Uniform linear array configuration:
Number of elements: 32
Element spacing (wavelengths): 0.75
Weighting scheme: kaiser
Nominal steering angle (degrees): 30
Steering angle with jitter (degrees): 28.634
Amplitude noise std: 0.05
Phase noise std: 0.05

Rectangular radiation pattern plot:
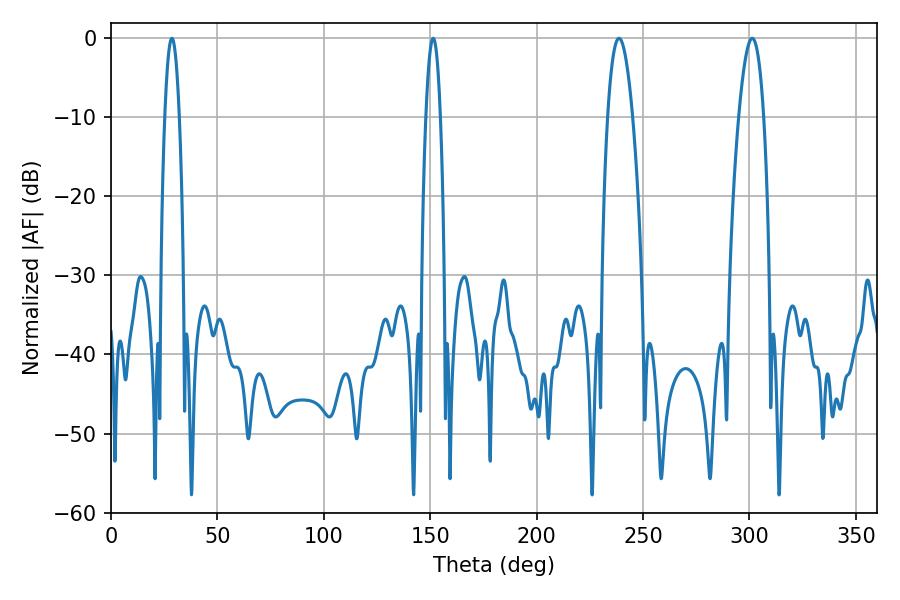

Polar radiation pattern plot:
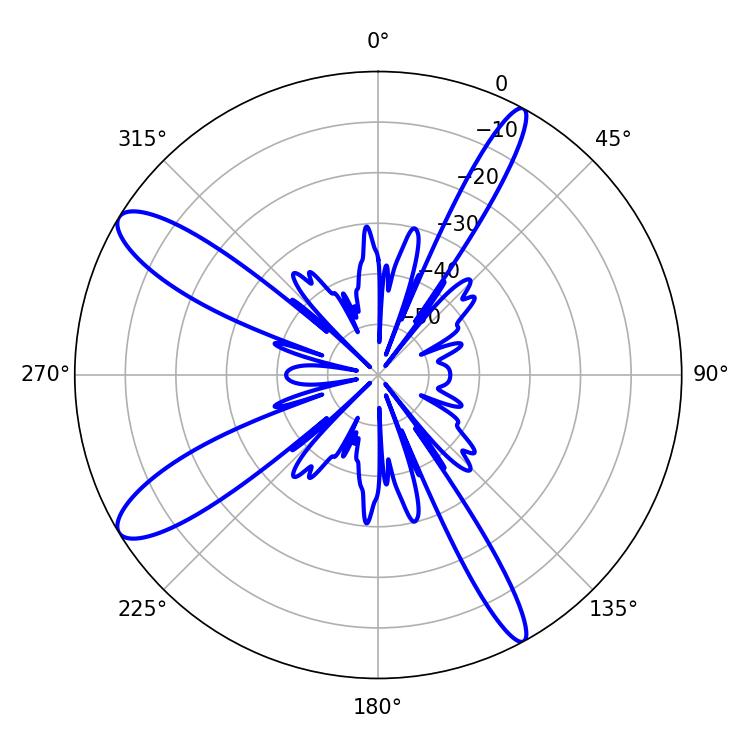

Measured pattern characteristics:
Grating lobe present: TRUE
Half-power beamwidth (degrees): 3.6
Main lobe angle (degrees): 28.62